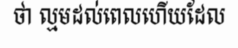
ថា ល្មមដល់ពេលហើយដែល